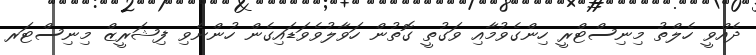
ދެއްވީ ހެލްތު މިނިސްޓްރީ ހިންގެވުމާއި ވަގުތީ ގޮތުން ހަވާލުވެވަޑައިގެން ހުންނެވި ފިޝަރީޒް މިނިސްޓަރ